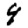
Digit: 4